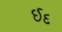
ઈદ